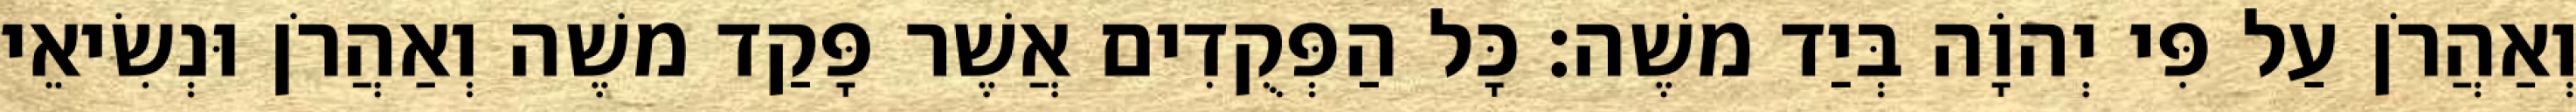
וְאַהֲרֹן עַל פִּי יְהוָֹה בְּיַד משֶׁה׃ כָּל הַפְּקֻדִים אֲשֶׁר פָּקַד משֶׁה וְאַהֲרֹן וּנְשִׂיאֵי